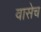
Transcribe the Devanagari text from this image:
वासेच